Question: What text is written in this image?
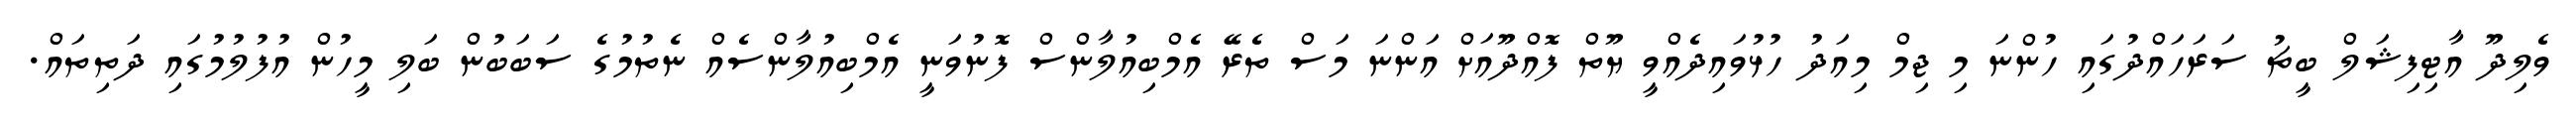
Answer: ވެލިދޫ އާޓިފިޝަލް ބީޗު ސަރަހައްދުގައި ހުންނަ މި ޖިމް މިއަދު ހުޅުވައިދެއްވީ ޔޫތް ފޮއްދޫއަށް އަންނަ މަސް ތެރޭ އެމްބިއުލާންސް ފޮނުވަނީ އެމްބިއުލާންސެއް ނެތުމުގެ ސަބަބުން ބަލި މީހުން އުފުލުމުގައި ދަތިތައް.